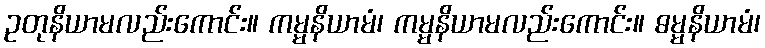
ဥတုနိယာမလည်းကောင်း။ ကမ္မနိယာမံ၊ ကမ္မနိယာမလည်းကောင်း။ ဓမ္မနိယာမံ၊